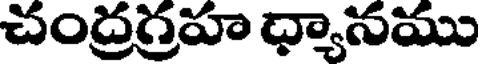
చంద్రగ్రహ ధ్యానము